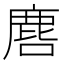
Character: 𮭲